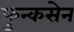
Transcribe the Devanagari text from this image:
फुन्कसेन